Annual report on the working of the mental hospitals in the Madras Presidency - 1912-1932
Year: 1912
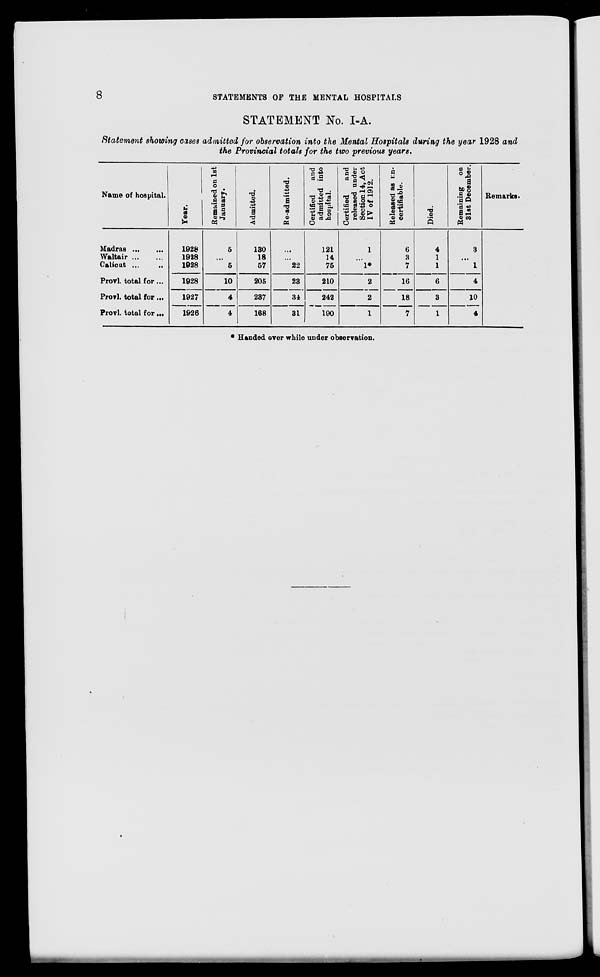
8
STATEMENTS OF THE MENTAL HOSPITALS
STATEMENT No. I-A.
Statement showing cases admitted for observation into the Mental Hospitals during the year 1928 and
the Provincial totals for the two previous years.
Name of hospital.
Madras
...
...
Waltair ... ...
Calicut ...
...
Provl. total for ...
Provl. total for ...
Provl. total for ...
Year.
1928
1928
1928
1928
1927
1926
Remained on 1st
January.
5
...
5
10
4
4
Admitted.
130
18
57
205
237
168
Re-admitted.
...
...
22
23
34
31
Certified
and
admitted into
hospital.
121
14
75
210
242
190
Certified
and
released under
Section 14, Act
IV of 1912.
1
...
1*
2
2
1
Released as in-
certifiable.
6
3
7
16
18
7
Died.
4
1
1
6
3
1
Remaining on
31st December.
3
...
1
4
10
4
Remarks.
* Handed over while under observation.